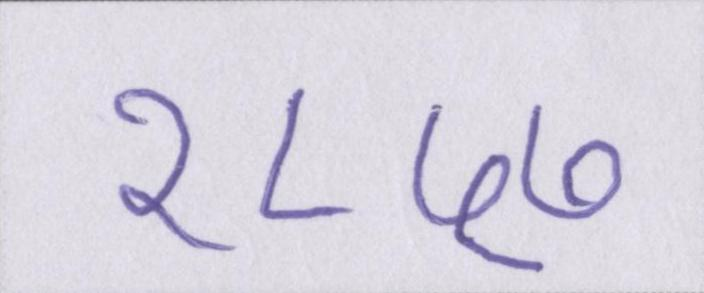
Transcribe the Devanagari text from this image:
१८५७